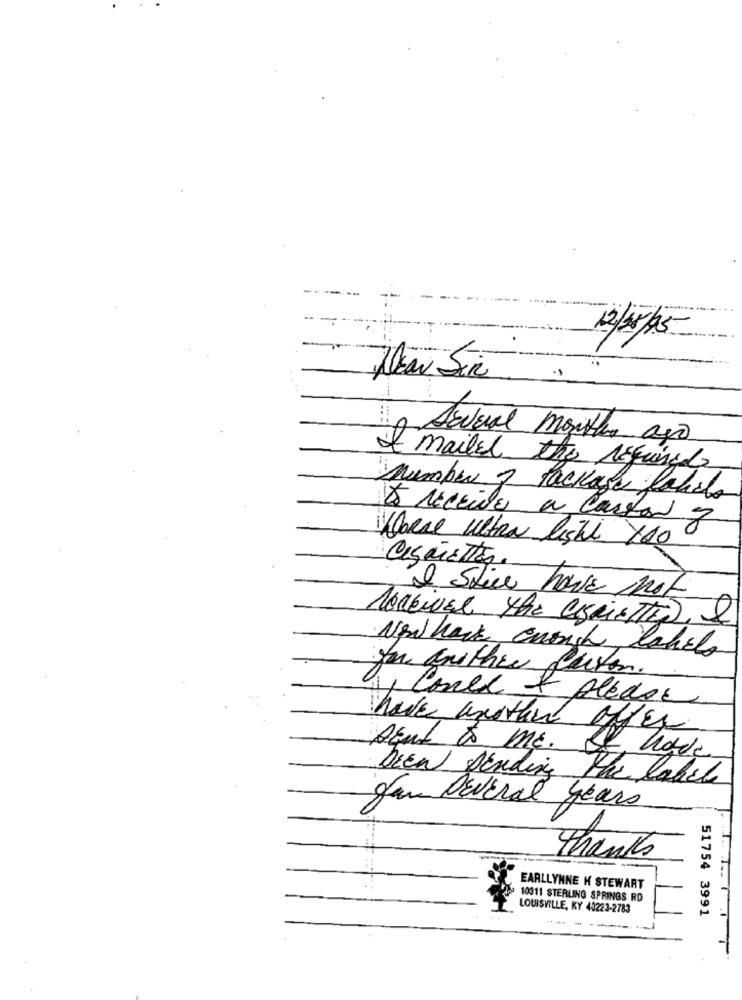
-----
12/25/15
Dear Sir
Several months ago
I mailed the required
number 2 Package fabio
8 recentes a Costar y
Where Ultra light yoo
Cigarettes
"I Still have not
Noccival the LIBRETtiD, &
Now hack enough
labels
to another futon.
, Conel & Aledos
have another
Agul to ME.
bien pending the label
Jan DEveral years
Thanks
EARLLYNNE H STEWART
10311 STERLING SPRINGS RD
LOUISVILLE, KY 40223-2783
51754 3991